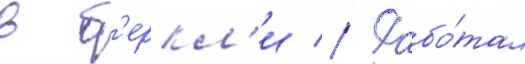
в б'еркл'и // Рабо́тал